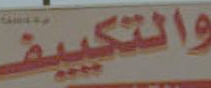
والتكييف